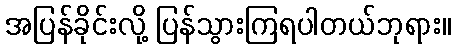
အပြန်ခိုင်းလို့ ပြန်သွားကြရပါတယ်ဘုရား။